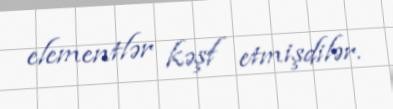
elementlər kəşf etmişdilər.